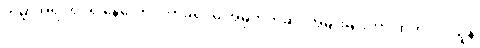
ကမ္ဘာအရပ်ရပ်ရှိ နေလောင်ကာခရင်မ် အမှတ်တံဆိပ်အမျိုးမျိုးဟာ ထုတ်လုပ်သူနဲ့